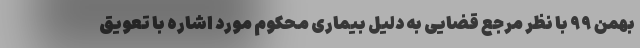
بهمن ۹۹ با نظر مرجع قضایی به دلیل بیماری محکوم مورد اشاره با تعویق